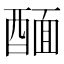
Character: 䤄